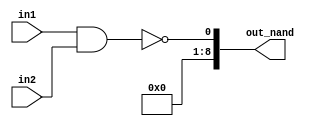
module logical_nand(in1 , in2 , out_nand);
  
  input signed [4:0]in1;
  input signed [4:0]in2;
  output signed[8:0]out_nand;
  
  assign out_nand = !(in1 && in2);
  
endmodule